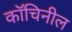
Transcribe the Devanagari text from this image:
कॉचिनील